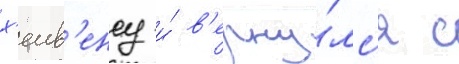
х'еив'енсу и́ в'ерну́лс'я с